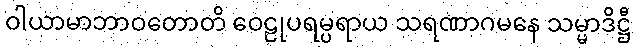
ဝါယာမာဘာဝတောတိ ဝေဠုပရမ္ပရာယ သရဏာဂမနေ သမ္မာဒိဋ္ဌီ